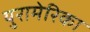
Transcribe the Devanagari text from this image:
युरामेरिका